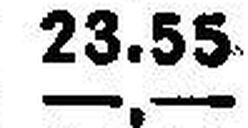
—.—